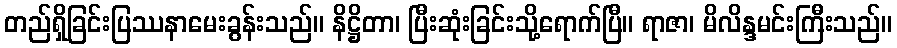
တည်ရှိခြင်းပြဿနာမေးခွန်းသည်။ နိဋ္ဌိတာ၊ ပြီးဆုံးခြင်းသို့ရောက်ပြီ။ ရာဇာ၊ မိလိန္ဒမင်းကြီးသည်။